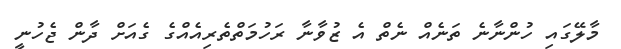
މާލޭގައި ހުންނާނެ ތަނެއް ނެތް އެ ޒުވާނާ ރަހުމަތްތެރިއެއްގެ ގެއަށް ދާން ޖެހުނީ